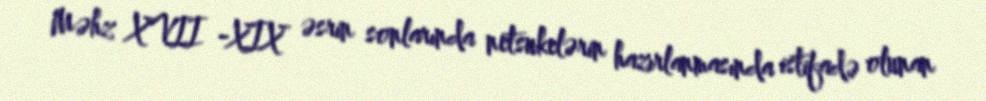
Məhz XVII -XIX əsrin sonlarında netsukelərin hazırlanmasında istifadə olunan